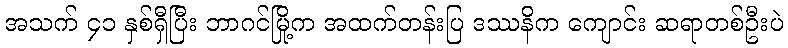
အသက် ၄၁ နှစ်ရှီပြီး ဘာဂင်မြို့က အထက်တန်းပြ ဒဿနိက ကျောင်း ဆရာတစ်ဦးပဲ